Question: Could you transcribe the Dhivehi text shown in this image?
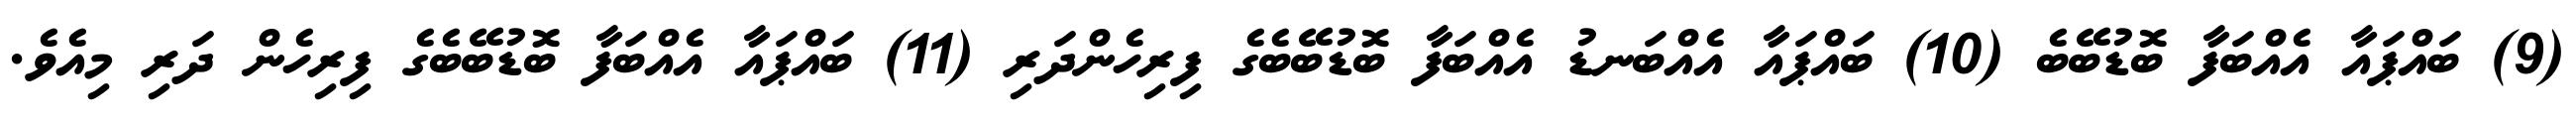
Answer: (9) ބައްޕައާ އެއްބަފާ ބޮޑުބޭބެ (10) ބައްޕައާ އެއްބަނޑު އެއްބަފާ ބޮޑުބޭބެގެ ފިރިހެންދަރި (11) ބައްޕައާ އެއްބަފާ ބޮޑުބޭބެގެ ފިރިހެން ދަރި މިއެވެ.